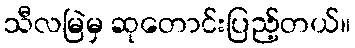
သီလမြဲမှ ဆုတောင်းပြည့်တယ်။